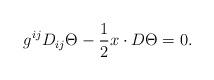
LaTeX: \begin{align*}g^{ij}D_{ij}\Theta-\frac{1}{2}x\cdot D\Theta=0.\end{align*}